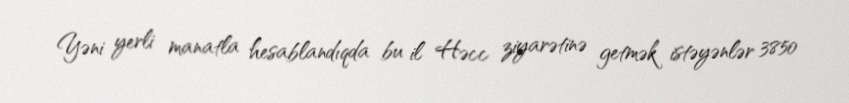
Yəni yerli manatla hesablandıqda bu il Həcc ziyarətinə getmək istəyənlər 3850